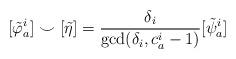
LaTeX: \begin{align*}[\tilde{\varphi}_a^i] \smile [\tilde{\eta}] = \frac{\delta_i}{\gcd(\delta_i,c_a^i-1)}[\tilde{\psi}_a^i]\end{align*}